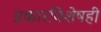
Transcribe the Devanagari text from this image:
प्रकारविशेषही